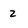
Character: 2